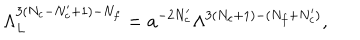
LaTeX: \Lambda _ { L } ^ { 3 ( N _ { c } - N _ { c } ^ { \prime } + 1 ) - N _ { f } } = a ^ { - 2 N _ { c } ^ { \prime } } \Lambda ^ { 3 ( N _ { c } + 1 ) - ( N _ { f } + N _ { c } ^ { \prime } ) } ,